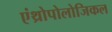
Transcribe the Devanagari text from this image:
एंथ्रोपोलोजिकल